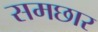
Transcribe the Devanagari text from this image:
समछार